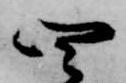
四